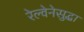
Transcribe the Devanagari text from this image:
रेल्वेनेसुद्धा